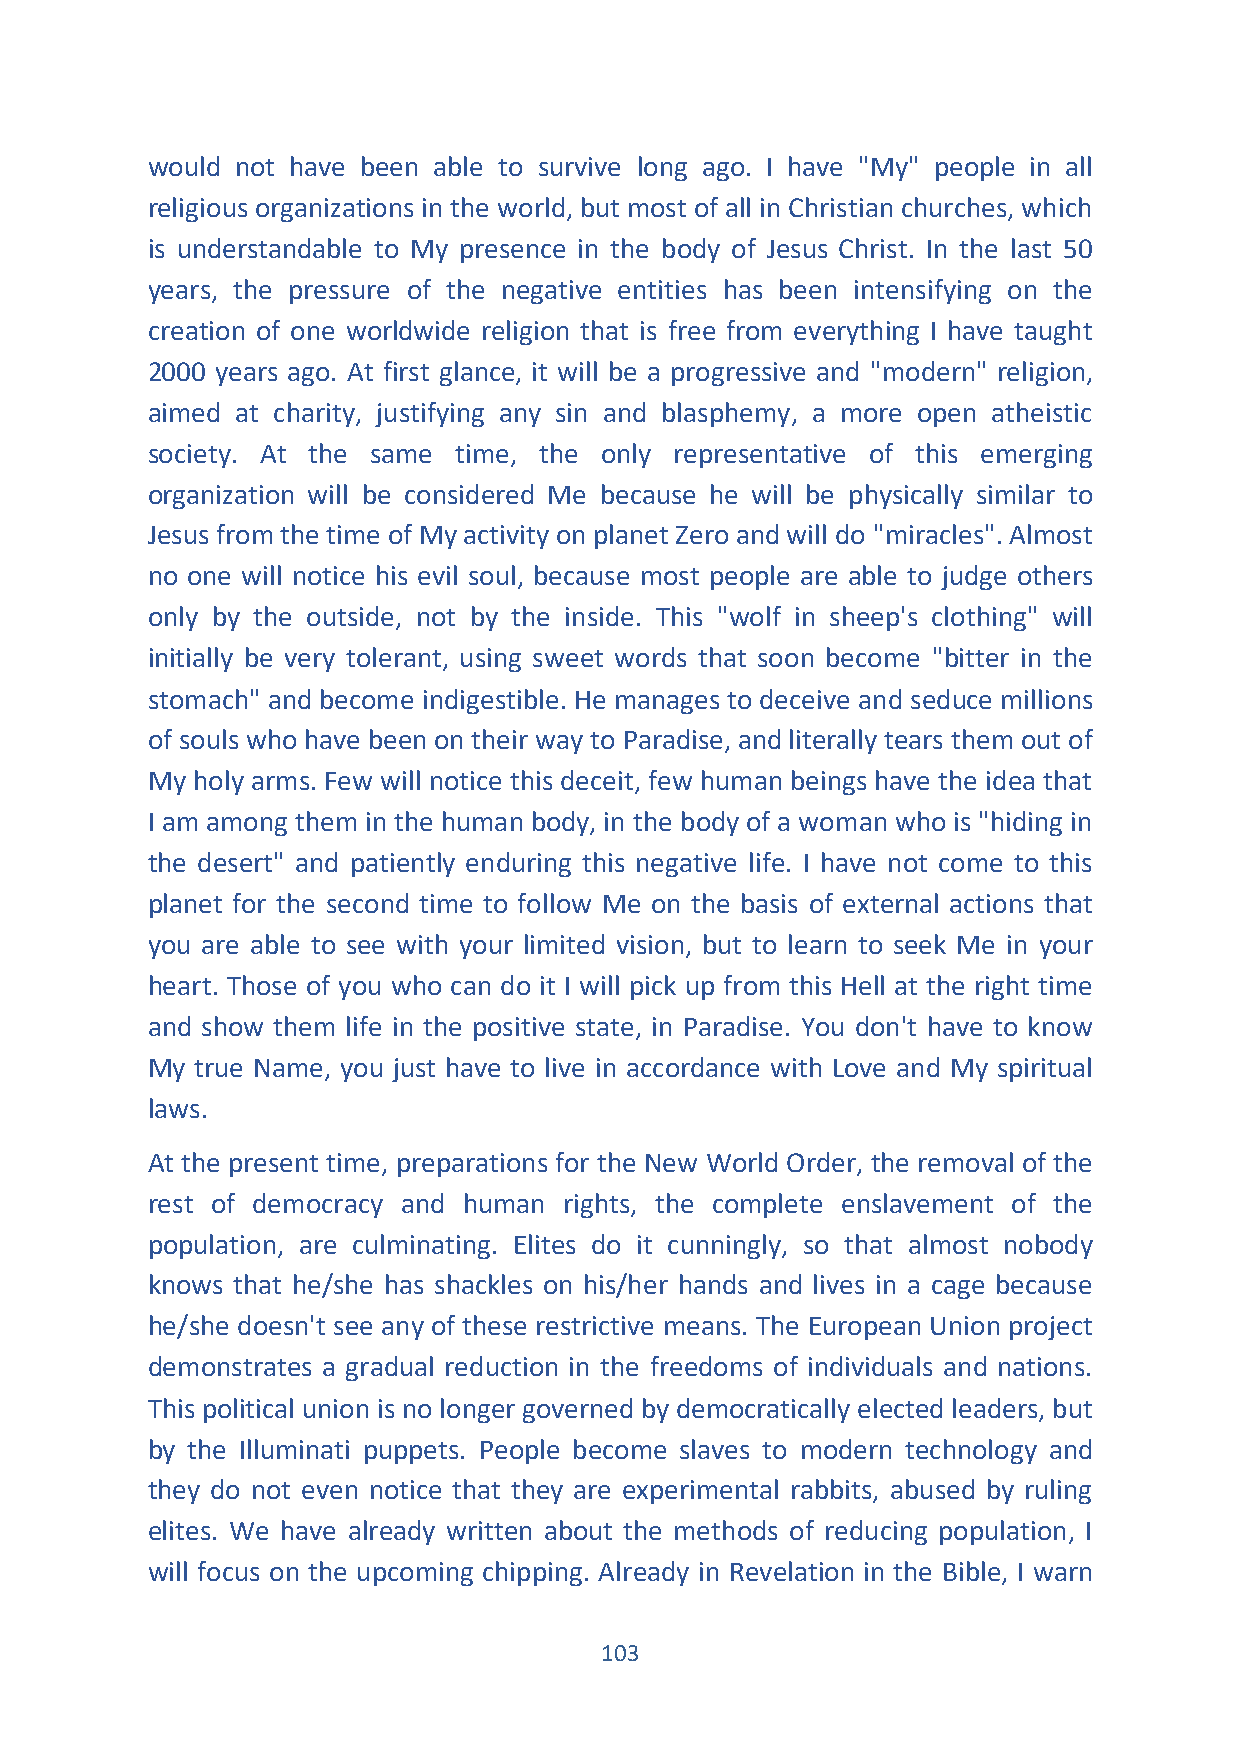
would not have been able to survive long ago. I have "My" people in all
 religious organizations in the world, but most of all in Christian churches, which
 is understandable to My presence in the body of Jesus Christ. In the last 50
 years, the pressure of the negative entities has been intensifying on the
 creation of one worldwide religion that is free from everything I have taught
 2000 years ago. At first glance, it will be a progressive and "modern" religion,
 aimed at charity, justifying any sin and blasphemy, a more open atheistic
 society. At the same time, the only representative of this emerging
 organization will be considered Me because he will be physically similar to
 Jesus from the time of My activity on planet Zero and will do "miracles". Almost
 no one will notice his evil soul, because most people are able to judge others
 only by the outside, not by the inside. This "wolf in sheep's clothing" will
 initially be very tolerant, using sweet words that soon become "bitter in the
 stomach" and become indigestible. He manages to deceive and seduce millions
 of souls who have been on their way to Paradise, and literally tears them out of
 My holy arms. Few will notice this deceit, few human beings have the idea that
 I am among them in the human body, in the body of a woman who is "hiding in
 the desert" and patiently enduring this negative life. I have not come to this
 planet for the second time to follow Me on the basis of external actions that
 you are able to see with your limited vision, but to learn to seek Me in your
 heart. Those of you who can do it I will pick up from this Hell at the right time
 and show them life in the positive state, in Paradise. You don't have to know
 My true Name, you just have to live in accordance with Love and My spiritual
 laws.
 At the present time, preparations for the New World Order, the removal of the
 rest of democracy and human rights, the complete enslavement of the
 population, are culminating. Elites do it cunningly, so that almost nobody
 knows that he/she has shackles on his/her hands and lives in a cage because
 he/she doesn't see any of these restrictive means. The European Union project
 demonstrates a gradual reduction in the freedoms of individuals and nations.
 This political union is no longer governed by democratically elected leaders, but
 by the Illuminati puppets. People become slaves to modern technology and
 they do not even notice that they are experimental rabbits, abused by ruling
 elites. We have already written about the methods of reducing population, I
 will focus on the upcoming chipping. Already in Revelation in the Bible, I warn
 103